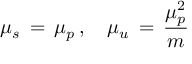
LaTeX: \mu _ { s } \, = \, \mu _ { p } \, , \quad \mu _ { u } \, = \, \frac { \mu _ { p } ^ { 2 } } { m }